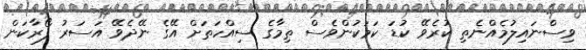
ވިސްނައިލުމެއްނެތި ކުރެވޭ ކުޑަ ކަމަކުންވެސް ތިމާގެ ސިއްހަތަށް އޭގެ ނޭދެވޭ އަސަރު ފޯރާކަން